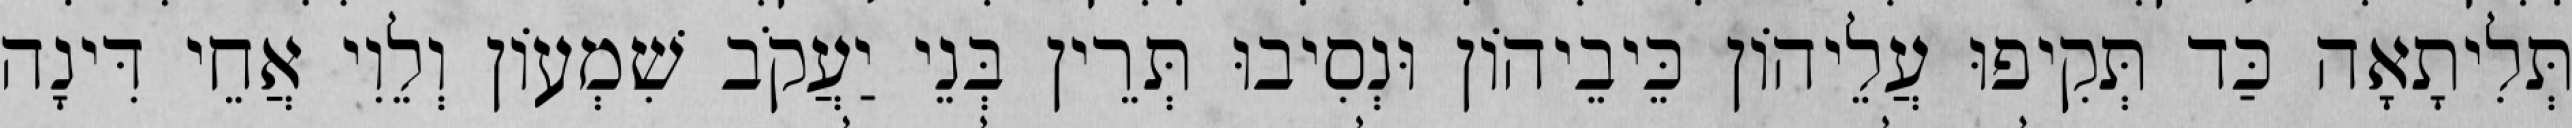
תְּלִיתָאָה כַּד תְּקִיפוּ עֲלֵיהוֹן כֵּיבֵיהוֹן וּנְסִיבוּ תְּרֵין בְּנֵי יַעֲקֹב שִׁמְעוֹן וְלֵוִי אֲחֵי דִּינָה